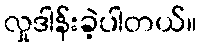
လှုဒါန်းခဲ့ပါတယ်။